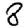
Digit: 8